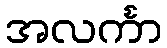
အလင်္ကာ